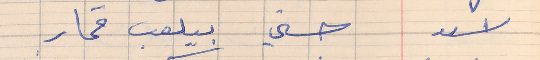
اسعد      حسني بيلعب قمار